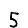
Digit: 5